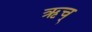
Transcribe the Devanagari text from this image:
ऋच्‌